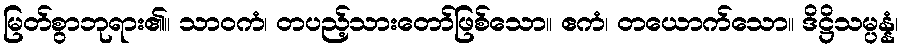
မြတ်စွာဘုရား၏။ သာဝကံ၊ တပည့်သားတော်ဖြစ်သော။ ဧကံ၊ တယောက်သော။ ဒိဋ္ဌိသမ္ပန္နံ၊